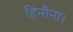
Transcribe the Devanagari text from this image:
हिनौना।